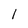
Character: l